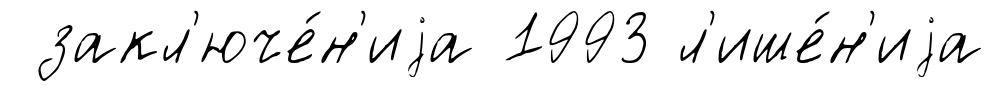
закл'юче́н'иjа 1993 л'ише́н'иjа